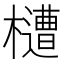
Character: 㯾